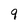
Character: 9